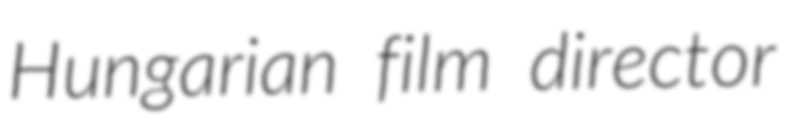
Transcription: Hungarian film director